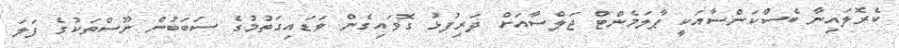
ކެރޮލައިނާ ބެސްކަންސާއަކީ ޕާލަމެންޓް ޖަލްސާއަށް ދަރިފުޅު ގޮވައިގެން ވަޑައިގަތުމުގެ ސަބަބުން ނޫސްތަކުގެ ފަލަ